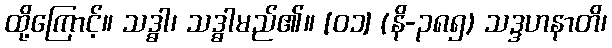
ထို့ကြောင့်။ သဒ္ဓါ၊ သဒ္ဓါမည်၏။ [၀၁] (နိ-၃၈၅) သဒ္ဒဟနာတိ၊